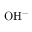
\mathrm { O H ^ { - } }